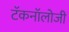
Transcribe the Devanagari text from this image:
टॅकनॉलोजी